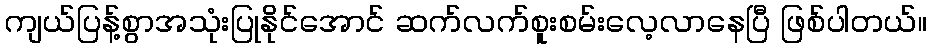
ကျယ်ပြန့်စွာအသုံးပြုနိုင်အောင် ဆက်လက်စူးစမ်းလေ့လာနေပြီ ဖြစ်ပါတယ်။